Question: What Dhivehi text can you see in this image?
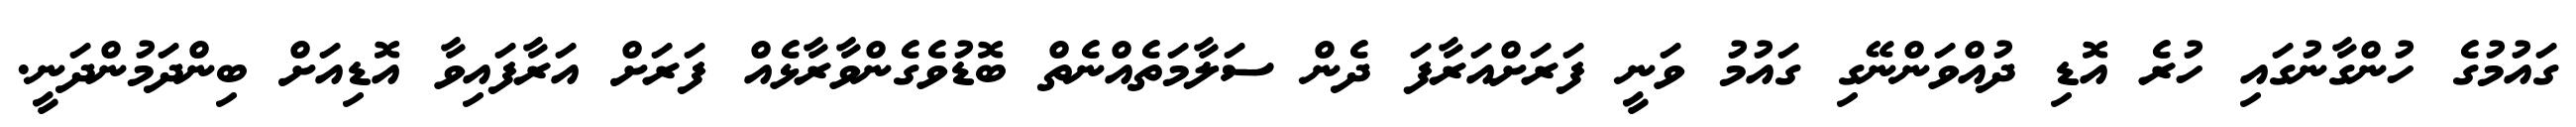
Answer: ގައުމުގެ ހުންގާނުގައި ހުރެ އޮޑި ދުއްވަންނޭގި ގައުމު ވަނީ ފަރަށްއަރާފަ ދެން ސަލާމަތެއްނެތް ބޮޑުވެގެންވާރާޅެއް ފަރަށް އަރާފައިވާ އޮޑިއަށް ބިންދަމުންދަނީ.